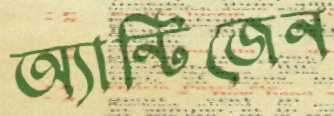
অ্যান্টিজেন